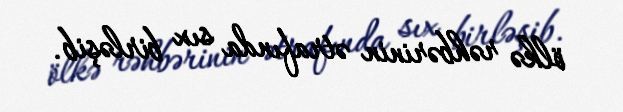
ölkə rəhbərinin ətrafında sıx birləşib.